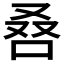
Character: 𠭀